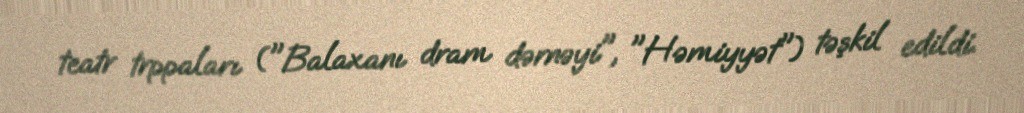
teatr trppaları ("Balaxanı dram dərnəyi", "Həmiyyət") təşkil edildi.